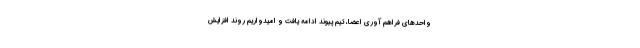
واحدهای فراهم آوری اعضا، تیم پیوند ادامه یافت و امیدواریم روند افزایش